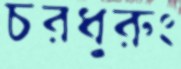
চরধুরুং